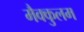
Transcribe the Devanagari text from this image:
मैक्कुलम